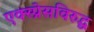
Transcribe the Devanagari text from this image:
एक्स्प्रेसविरुद्ध